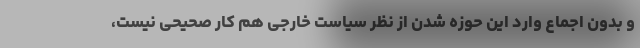
و بدون اجماع وارد این حوزه شدن از نظر سیاست خارجی هم کار صحیحی نیست،